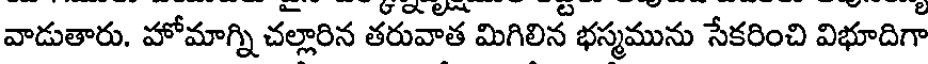
వాడుతారు. హోమాగ్ని చల్లారిన తరువాత మిగిలిన భస్మమును సేకరించి విభూదిగా